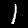
Digit: 1